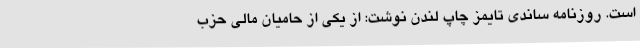
است. روزنامه ساندی تایمز چاپ لندن نوشت: از یکی از حامیان مالی حزب